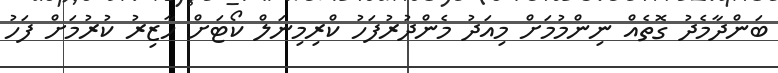
ބަންދާމެދު ގޮތެއް ނިންމުމަށް މިއަދު މެންދުރުފަހު ކްރިމިނަލް ކޯޓަށް ހާޒިރު ކުރުމަށް ފަހު